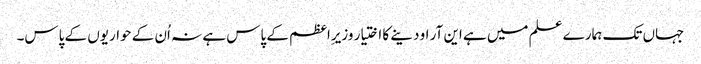
جہاں تک ہمارے علم میں ہے این آر او دینے کا اختیار وزیرِاعظم کے پاس ہے نہ اُن کے حواریوں کے پاس۔